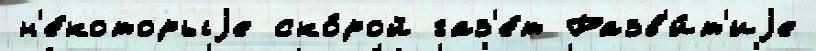
н'е́которыjе ско́рой газ'е́т Разв'и́т'иjе